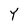
Character: Y